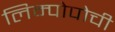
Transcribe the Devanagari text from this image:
लिम्पोपोची